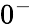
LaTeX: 0^{-}